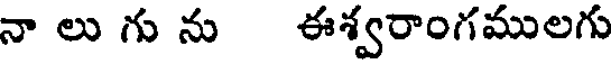
నా లు గు ను ఈశ్వరాంగములగు